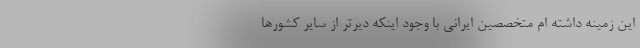
این زمینه داشته ام متخصصین ایرانی با وجود اینکه دیرتر از سایر کشورها